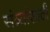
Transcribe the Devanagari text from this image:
संत्र्यांसाठी